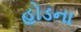
હોડના